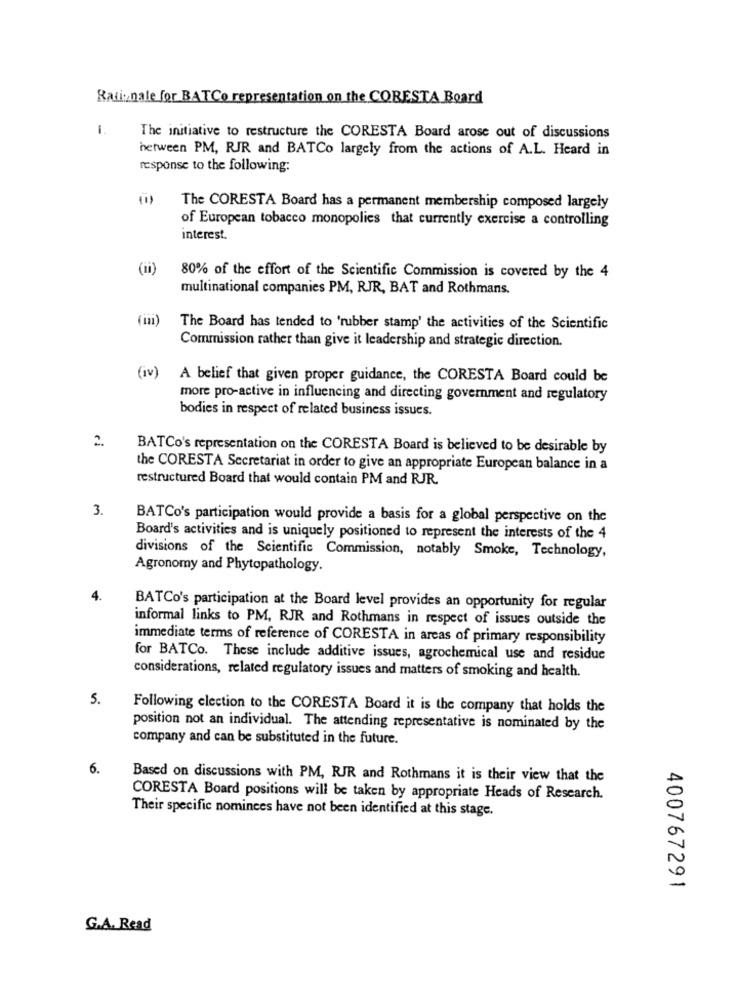
Rationale for BATCo representation on the CORESTA Board
1
The initiative to restructure the CORESTA Board arose out of discussions
between PM, RIR and BATCo largely from the actions of A.L. Heard in
response to the following:
(1)
The CORESTA Board has a permanent membership composed largely
of European tobacco monopolies that currently exercise a controlling
interest.
(ii)
80% of the effort of the Scientific Commission is covered by the 4
multinational companies PM, RJR, BAT and Rothmans.
(ii)
The Board has tended to 'rubber stamp' the activities of the Scientific
Commission rather than give it leadership and strategic direction.
(Iv)
A belief that given proper guidance, the CORESTA Board could be
more pro-active in influencing and directing government and regulatory
bodies in respect of related business issues.
2.
BATCo's representation on the CORESTA Board is believed to be desirable by
the CORESTA Secretariat in order to give an appropriate European balance in a
restructured Board that would contain PM and RJR.
3.
BATCo's participation would provide a basis for a global perspective on the
Board's activities and is uniquely positioned to represent the interests of the 4
divisions of the Scientific Commission, notably Smoke, Technology,
Agronomy and Phytopathology.
4.
BATCo's participation at the Board level provides an opportunity for regular
informal links to PM, RJR and Rothmans in respect of issues outside the
immediate terms of reference of CORESTA in areas of primary responsibility
for BATCo. These include additive issues, agrochemical use and residue
considerations, related regulatory issues and matters of smoking and health.
5.
Following election to the CORESTA Board it is the company that holds the
position not an individual. The attending representative is nominated by the
company and can be substituted in the future.
6.
Based on discussions with PM, RJR and Rothmans it is their view that the
CORESTA Board positions will be taken by appropriate Heads of Research.
Their specific nominees have not been identified at this stage.
400767291
G.A. Read